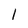
Character: l